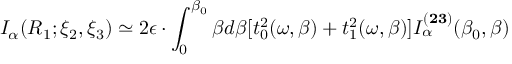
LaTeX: I _ { \alpha } ( R _ { 1 } ; { \xi } _ { 2 } , { \xi } _ { 3 } ) \simeq 2 { \epsilon } \cdot \int _ { 0 } ^ { { \beta } _ { 0 } } { \beta } d { \beta } [ t _ { 0 } ^ { 2 } ( { \omega } , { \beta } ) + t _ { 1 } ^ { 2 } ( { \omega } , { \beta } ) ] I _ { \alpha } ^ { ( { \bf 2 3 } ) } ( { \beta } _ { 0 } , { \beta } )